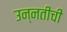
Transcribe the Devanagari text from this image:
उन्‍नतीची